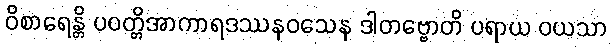
ဝိစာရေန္တိ ပဝတ္တိအာကာရဒဿနဝသေန ဒါတဗ္ဗောတိ ပရာယ ဝယသာ